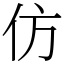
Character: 仿